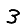
Digit: 3